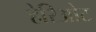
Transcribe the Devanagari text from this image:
हेरिओट